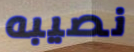
نصيبه